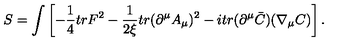
S = \int \left[ - \frac { 1 } { 4 } t r F ^ { 2 } - \frac { 1 } { 2 \xi } t r ( \partial ^ { \mu } A _ { \mu } ) ^ { 2 } - i t r ( \partial ^ { \mu } \bar { C } ) ( \nabla _ { \mu } C ) \right] .